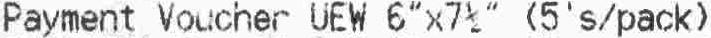
PAYMENT VOUCHER UEW 6" X 7 " (5'S/PACK)